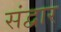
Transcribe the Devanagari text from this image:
संद्वार